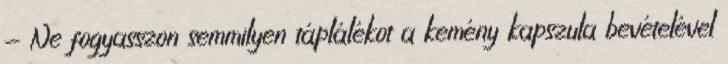
- Ne fogyasszon semmilyen táplálékot a kemény kapszula bevételével